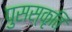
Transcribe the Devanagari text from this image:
पुसस्कृति